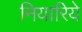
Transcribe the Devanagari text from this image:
नियारिये